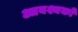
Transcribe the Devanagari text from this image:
आवश्यकों